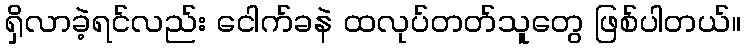
ရှိလာခဲ့ရင်လည်း ငေါက်ခနဲ ထလုပ်တတ်သူတွေ ဖြစ်ပါတယ်။